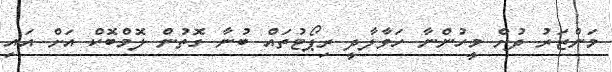
މަންޒަރު ދުށް މީހުންނާ ހަވާލާދީ ރިޕޯޓުތައް ބުނާ ގޮތުން ލޮމްބޮކް އަށް އައި